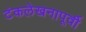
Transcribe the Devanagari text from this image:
टंकलेखनापूर्वी